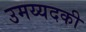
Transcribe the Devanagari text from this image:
उमय्यदकी